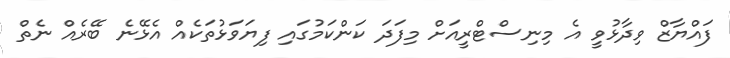
ފައްޔާޒް ވިދާޅުވީ އެ މިނިސްޓްރީއަށް މިފަދަ ކަންކަމުގައި ފިޔަވަޅުތަކެއް އެޅޭނެ ބޭރެއް ނެތް